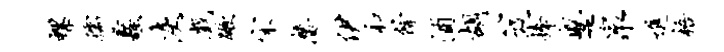
螺孺蠡灰戏蹶宋潜伊和余酒胡笈捧蹙泉进梧